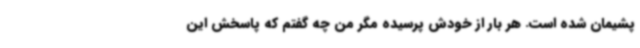
پشیمان شده است. هر بار از خودش پرسیده مگر من چه گفتم که پاسخش این